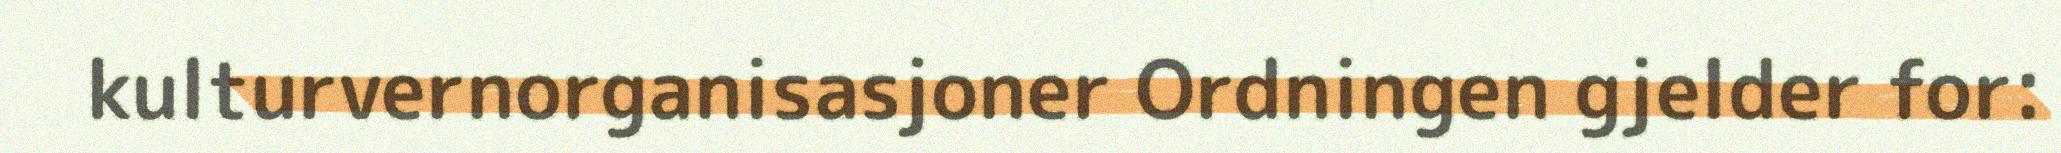
kulturvernorganisasjoner Ordningen gjelder for: